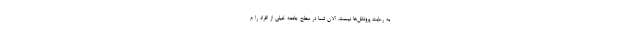
به رعایت پروتکل‌ها نیست. الان شما در سطح جامعه خیلی از افراد را م